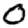
Digit: 0